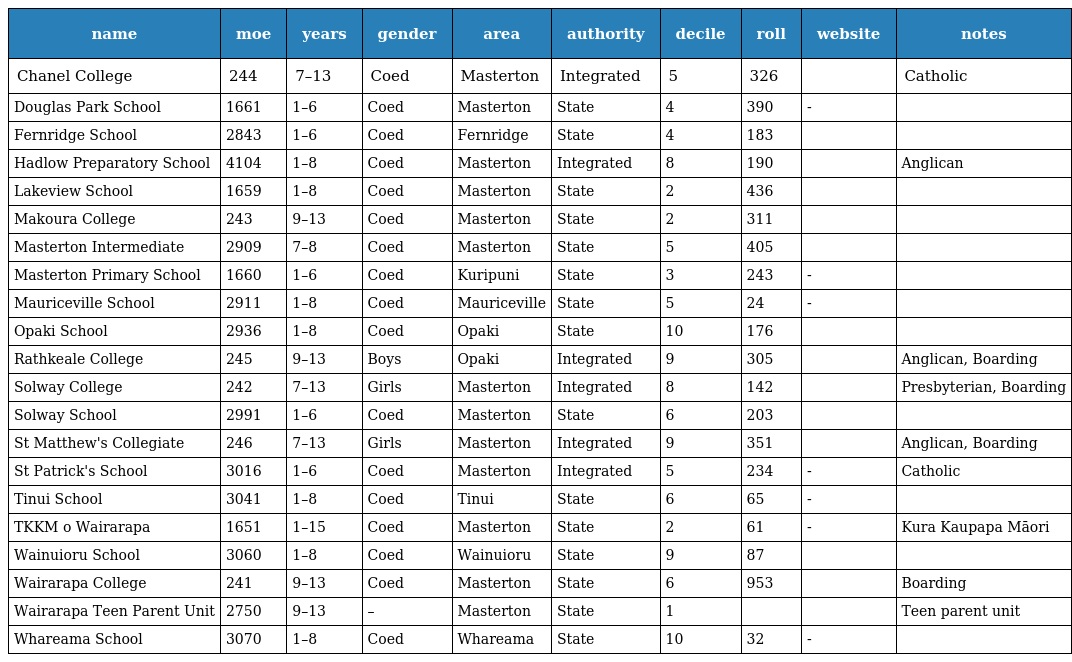
| name | moe | years | gender | area | authority | decile | roll | website | notes |
 | --- | --- | --- | --- | --- | --- | --- | --- | --- | --- |
 | Chanel College | 244 | 7–13 | Coed | Masterton | Integrated | 5 | 326 |  | Catholic |
 | Douglas Park School | 1661 | 1–6 | Coed | Masterton | State | 4 | 390 | - |  |
 | Fernridge School | 2843 | 1–6 | Coed | Fernridge | State | 4 | 183 |  |  |
 | Hadlow Preparatory School | 4104 | 1–8 | Coed | Masterton | Integrated | 8 | 190 |  | Anglican |
 | Lakeview School | 1659 | 1–8 | Coed | Masterton | State | 2 | 436 |  |  |
 | Makoura College | 243 | 9–13 | Coed | Masterton | State | 2 | 311 |  |  |
 | Masterton Intermediate | 2909 | 7–8 | Coed | Masterton | State | 5 | 405 |  |  |
 | Masterton Primary School | 1660 | 1–6 | Coed | Kuripuni | State | 3 | 243 | - |  |
 | Mauriceville School | 2911 | 1–8 | Coed | Mauriceville | State | 5 | 24 | - |  |
 | Opaki School | 2936 | 1–8 | Coed | Opaki | State | 10 | 176 |  |  |
 | Rathkeale College | 245 | 9–13 | Boys | Opaki | Integrated | 9 | 305 |  | Anglican, Boarding |
 | Solway College | 242 | 7–13 | Girls | Masterton | Integrated | 8 | 142 |  | Presbyterian, Boarding |
 | Solway School | 2991 | 1–6 | Coed | Masterton | State | 6 | 203 |  |  |
 | St Matthew's Collegiate | 246 | 7–13 | Girls | Masterton | Integrated | 9 | 351 |  | Anglican, Boarding |
 | St Patrick's School | 3016 | 1–6 | Coed | Masterton | Integrated | 5 | 234 | - | Catholic |
 | Tinui School | 3041 | 1–8 | Coed | Tinui | State | 6 | 65 | - |  |
 | TKKM o Wairarapa | 1651 | 1–15 | Coed | Masterton | State | 2 | 61 | - | Kura Kaupapa Māori |
 | Wainuioru School | 3060 | 1–8 | Coed | Wainuioru | State | 9 | 87 |  |  |
 | Wairarapa College | 241 | 9–13 | Coed | Masterton | State | 6 | 953 |  | Boarding |
 | Wairarapa Teen Parent Unit | 2750 | 9–13 | – | Masterton | State | 1 |  |  | Teen parent unit |
 | Whareama School | 3070 | 1–8 | Coed | Whareama | State | 10 | 32 | - |  |